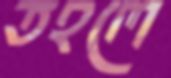
তহলে